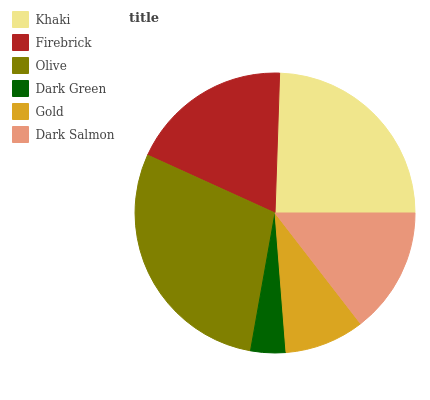
| Khaki | Firebrick | Olive | Dark Green | Gold | Dark Salmon |
 | --- | --- | --- | --- | --- | --- |
 | 24.5% | 18.8% | 28.9% | 4.06% | 9.21% | 14.5% |